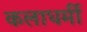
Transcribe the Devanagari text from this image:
कलाधर्मी